Report on horse surra - Volume I
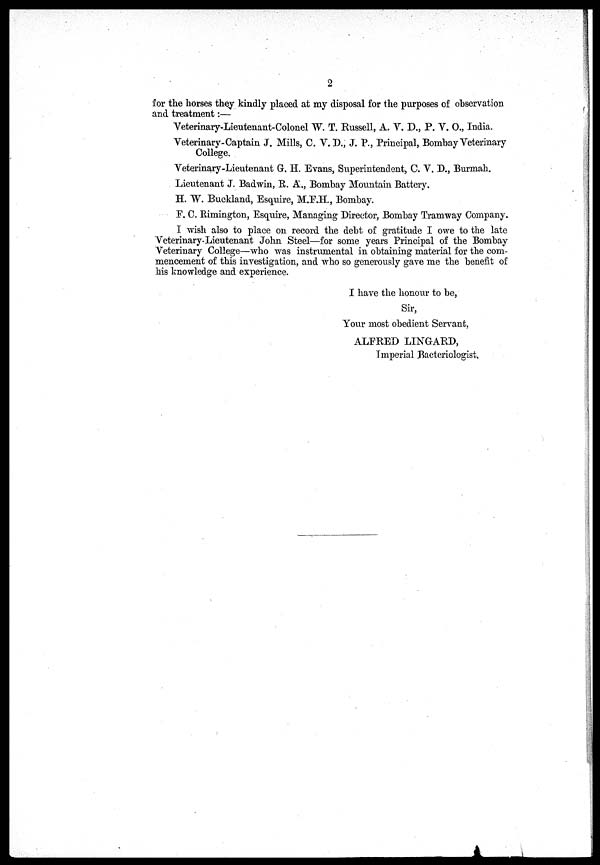
2
for the horses they kindly placed at my disposal for the purposes of observation
and treatment:—
Veterinary-Lieutenant-Colonel W. T. Russell, A. V. D., P. V. O., India.
Veterinary-Captain J. Mills, C. V. D., J. P., Principal, Bombay Veterinary
College,
Veterinary-Lieutenant G. H Evans, Superintendent, C. V. D., Burmah.
Lieutenant J. Badwin, R. A., Bombay Mountain Battery.
H. W. Buckland, Esquire, M.F.H., Bombay.
F. C. Rimington, Esquire, Managing Director, Bombay Tramway Company.
I wish also to place on record the debt of gratitude I owe to the late
Veterinary-Lieutenant John Steel—for some years Principal of the Bombay
Veterinary College—who was instrumental in obtaining material for the com-
mencement of this investigation, and who so generously gave me the benefit of
Ms knowledge and experience.
I have the honour to be,
Sir,
Your most obedient Servant,
ALFRED LINGARD,
Imperial Bacteriologist.